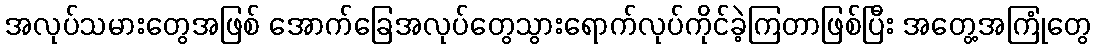
အလုပ်သမားတွေအဖြစ် အောက်ခြေအလုပ်တွေသွားရောက်လုပ်ကိုင်ခဲ့ကြတာဖြစ်ပြီး အတွေ့အကြုံတွေ